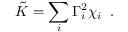
\tilde { K } = \sum _ { i } \Gamma _ { i } ^ { 2 } \chi _ { i } \; \; .